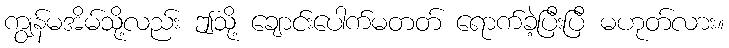
ကျွန်မအိမ်သို့လည်း ဤသို့ ချောင်းပေါက်မတတ် ရောက်ခဲ့ပြီးပြီ မဟုတ်လား။